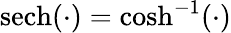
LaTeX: \mathrm{sech}(\cdot)=\cosh^{-1}(\cdot)